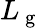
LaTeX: L_{\mathrm{~g~}}